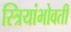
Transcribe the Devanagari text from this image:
स्त्रियांभोवती